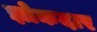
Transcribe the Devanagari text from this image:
झोकदार